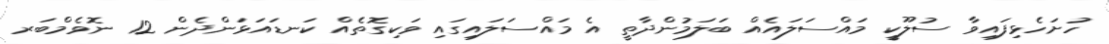
ހުށަހެޅިފައިވާ ސުލޫކީ މައްސަލައެއް ބަލަމުންދާތީ އެ މައްސަލައިގައި ވަކިގޮތެއް ކަނޑައަޅަންދެން 12 ނޮވެމްބަރ